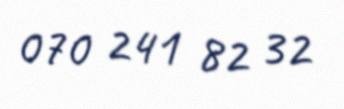
070 241 82 32